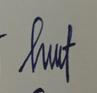
Signature authenticity: genuine